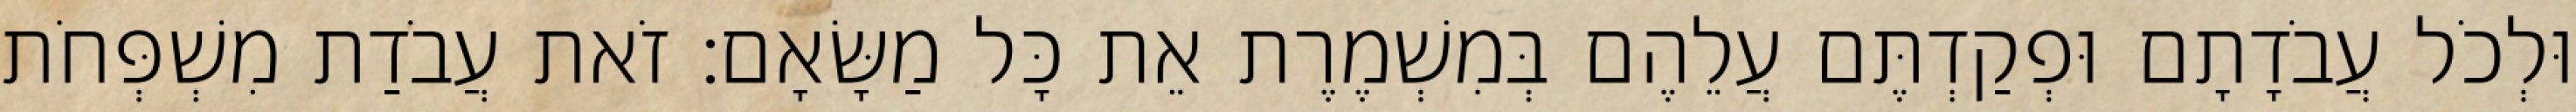
וּלְכֹל עֲבֹדָתָם וּפְקַדְתֶּם עֲלֵהֶם בְּמִשְׁמֶרֶת אֵת כָּל מַשָּׂאָם׃ זֹאת עֲבֹדַת מִשְׁפְּחֹת